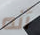
أنه